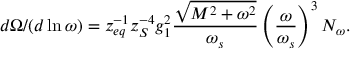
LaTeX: d \Omega / ( d \ln \omega ) = z _ { e q } ^ { - 1 } z _ { S } ^ { - 4 } g _ { 1 } ^ { 2 } \frac { \sqrt { M ^ { 2 } + \omega ^ { 2 } } } { \omega _ { s } } \left( \frac { \omega } { \omega _ { s } } \right) ^ { 3 } N _ { \omega } .